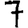
Digit: 7